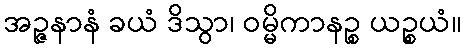
အဉ္ဇနာနံ ခယံ ဒိသွာ၊ ဝမ္မိကာနဉ္စ ယဉ္စယံ။